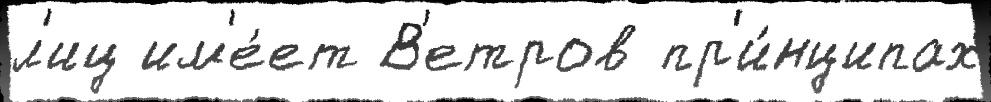
л'иц им'е́ет В'етров пр'и́нципах